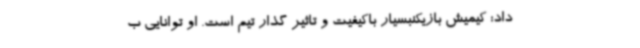
داد: کیمیش بازیکنبسیار باکیفیت و تاثیر گذار تیم است. او توانایی ب